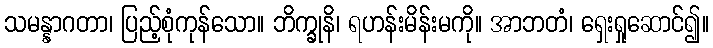
သမန္နာဂတာ၊ ပြည့်စုံကုန်သော။ ဘိက္ခုနိ၊ ရဟန်းမိန်းမကို။ အာဘတံ၊ ရှေးရှုဆောင်၍။